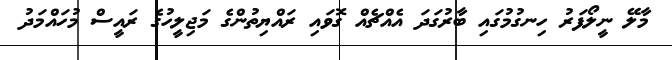
މާލޭ ނީލޯފަރު ހިނގުމުގައި ބާރުގަދަ އެއްޗެއް ގޮވައި ރައްޔިތުންގެ މަޖިލީހުގެ ރައީސް މުހައްމަދު